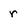
Character: r